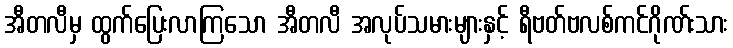
အီတလီမှ ထွက်ပြေးလာကြသော အီတလီ အလုပ်သမားများနှင့် ရီဗတ်ဗလစ်ကင်ဂိုဏ်းသား